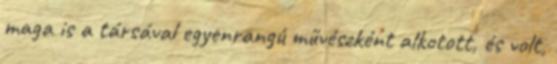
maga is a társával egyenrangú művészként alkotott, és volt,